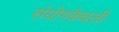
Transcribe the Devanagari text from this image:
संयोगकेवली